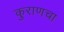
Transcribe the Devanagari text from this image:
कुराणचा